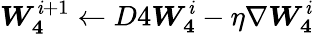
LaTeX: \boldsymbol{W_{4}}^{\mathit{i}+1}\xleftarrow{}{{D4}}\boldsymbol{W_{4}}^{\mathit{i}}-\eta\nabla\boldsymbol{W_{4}}^{\mathit{i}}